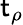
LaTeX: \mathsf{t}_{\rho}